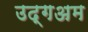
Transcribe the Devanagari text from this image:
उद्गअम